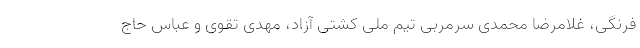
فرنگی، غلامرضا محمدی سرمربی تیم ملی کشتی آزاد، مهدی تقوی و عباس حاج